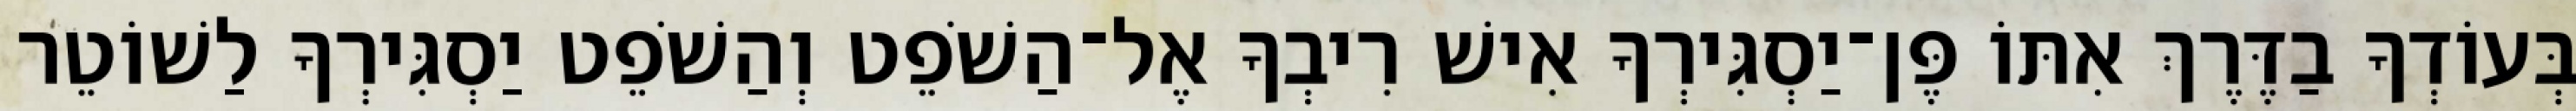
בְּעוֹדְךָ בַדֶּרֶךְ אִתּוֹ פֶּן־יַסְגִּירְךָ אִישׁ רִיבְךָ אֶל־הַשֹׁפֵט וְהַשֹׁפֵט יַסְגִּירְךָ לַשׁוֹטֵר